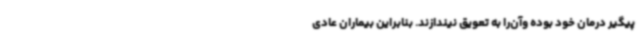
پیگیر درمان خود بوده وآن‌را به تعویق نیندازند. بنابراین بیماران عادی